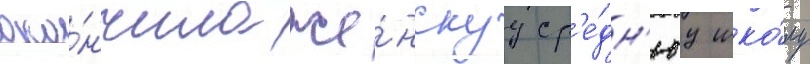
око́нчила же́нскуу ср'е́дн'юу шко́лу